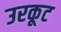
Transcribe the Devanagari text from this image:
उरकूट